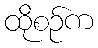
ထိုစဉ်က